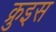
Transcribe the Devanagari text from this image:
क्रुइस